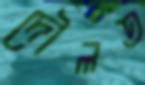
দৌলত